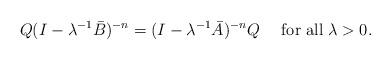
LaTeX: \begin{align*}Q(I-\lambda^{-1}\bar{B})^{-n}=(I-\lambda^{-1}\bar{A})^{-n}Q\quad\text{ for all}\;\lambda>0. \end{align*}